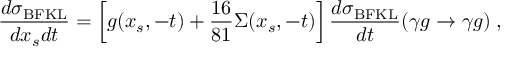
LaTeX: \frac { d \sigma _ { \mathrm { B F K L } } } { d x _ { s } d t } = \left[ g ( x _ { s } , - t ) + \frac { 1 6 } { 8 1 } \Sigma ( x _ { s } , - t ) \right] \frac { d \sigma _ { \mathrm { B F K L } } } { d t } ( \gamma g \to \gamma g ) \; ,